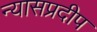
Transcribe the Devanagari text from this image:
न्यासप्रदीप